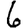
Digit: 6